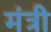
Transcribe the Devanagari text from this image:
मंत्री